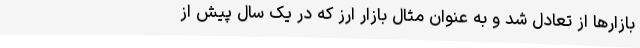
بازارها از تعادل شد و به عنوان مثال بازار ارز که در یک سال پیش از